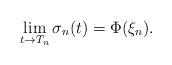
LaTeX: \begin{align*}\lim_{t \rightarrow T_n} \sigma_n(t)= \Phi(\xi_n).\end{align*}